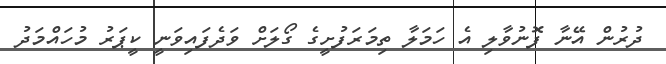
ދުރުން އޭނާ ފޮނުވާލި އެ ހަމަލާ ތިމަރަފުށީގެ ގޯލަށް ވަދެފައިވަނީ ކީޕަރު މުހައްމަދު